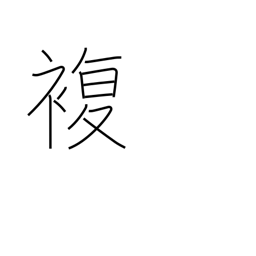
Meaning: double